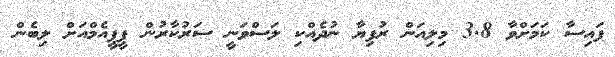
ފައިސާ ކަމަށްވާ 3.8 މިލިއަން ރުފިޔާ ނުދެއްކި ލަސްވަނީ ސަރުކާރުން ޕީޕީއެމްއަށް ލިބެން